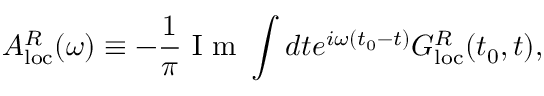
A _ { \mathrm { l o c } } ^ { R } ( \omega ) \equiv - \frac { 1 } { \pi } \mathrm { ~ I ~ m ~ } \int d t e ^ { i \omega ( t _ { 0 } - t ) } G _ { \mathrm { l o c } } ^ { R } ( t _ { 0 } , t ) ,